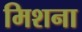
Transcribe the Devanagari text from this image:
मिशना